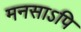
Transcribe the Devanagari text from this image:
मनसाऽपि